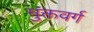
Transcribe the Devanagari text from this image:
मुक्तवर्ग